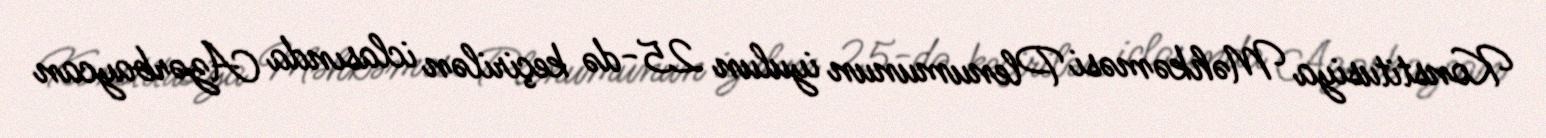
Konstitusiya Məhkəməsi Plenumunun iyulun 25-də keçirilən iclasında Azərbaycan